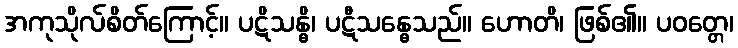
အကုသိုလ်စိတ်ကြောင့်။ ပဋိသန္ဓိ၊ ပဋီသန္ဓေသည်။ ဟောတိ၊ ဖြစ်၏။ ပဝတ္တေ၊